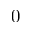
0